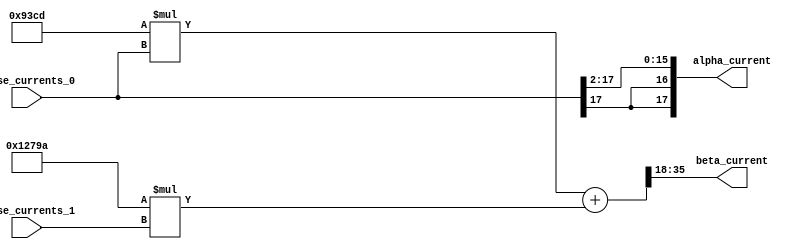
module velocityControlHdl_Clarke_Transform
          (
           phase_currents_0,
           phase_currents_1,
           alpha_current,
           beta_current
          );


  input   signed [17:0] phase_currents_0;  // sfix18_En15
  input   signed [17:0] phase_currents_1;  // sfix18_En15
  output  signed [17:0] alpha_current;  // sfix18_En13
  output  signed [17:0] beta_current;  // sfix18_En13


  wire signed [17:0] Alpha_Current_Data_Type_out1;  // sfix18_En13
  wire signed [35:0] Alpha_Gain_With_Headrom_out1;  // sfix36_En31
  wire signed [35:0] Beta_Gain_With_Headrom_out1;  // sfix36_En31
  wire signed [35:0] Add_out1;  // sfix36_En31
  wire signed [17:0] Beta_Current_Data_Type_out1;  // sfix18_En13

  // Converts balanced three-phase quantities into balanced two-phase quantities.
  // The A and B phases are converted to the direct axis (alpha) component and the quadrature axis (beta) component.
  // The alpha and beta components are still dependent on time and speed.
  // 
  // Clarke Transform


  // <S41>/Alpha_Current_Data_Type
  // 
  // <S41>/A_phase_current
  // 
  // <S41>/B_phase_current
  assign Alpha_Current_Data_Type_out1 = {{2{phase_currents_0[17]}}, phase_currents_0[17:2]};



  assign alpha_current = Alpha_Current_Data_Type_out1;

  // <S41>/Alpha_Gain_With_Headrom
  assign Alpha_Gain_With_Headrom_out1 = 37837 * phase_currents_0;



  // <S41>/Beta_Gain_With_Headrom
  assign Beta_Gain_With_Headrom_out1 = 75674 * phase_currents_1;



  // <S41>/Add
  assign Add_out1 = Alpha_Gain_With_Headrom_out1 + Beta_Gain_With_Headrom_out1;



  // <S41>/Beta_Current_Data_Type
  assign Beta_Current_Data_Type_out1 = Add_out1[35:18];



  assign beta_current = Beta_Current_Data_Type_out1;

endmodule